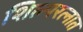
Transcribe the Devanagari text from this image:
शिल्परत्नात